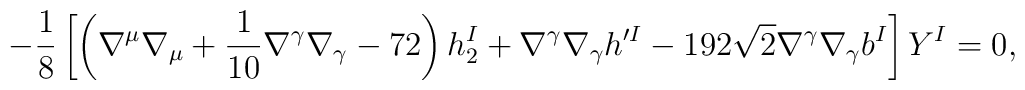
-\frac{1}{8} \left[ \left( \nabla^\mu\nabla_\mu + \frac{1}{10} \nabla^\gamma \nabla_\gamma-72 \right) h_2^I + \nabla^\gamma \nabla_\gamma h^{\prime I} - 192\sqrt{2} \nabla^\gamma \nabla_\gamma b^I \right] Y^I =0,